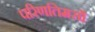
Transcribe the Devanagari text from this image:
परिणतिमसौ